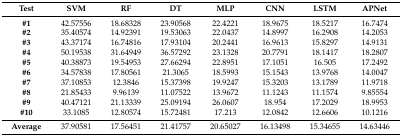
<table><thead><tr><td><b>Test</b></td><td><b>SVM</b></td><td><b>RF</b></td><td><b>DT</b></td><td><b>MLP</b></td><td><b>CNN</b></td><td><b>LSTM</b></td><td><b>APNet</b></td></tr></thead><tbody><tr><td><b>#1</b></td><td>42.57556</td><td>18.68328</td><td>23.90568</td><td>22.4221</td><td>18.9675</td><td>18.5217</td><td>16.7474</td></tr><tr><td><b>#2</b></td><td>35.40574</td><td>14.92391</td><td>19.53063</td><td>22.0437</td><td>14.8997</td><td>16.2908</td><td>14.2053</td></tr><tr><td><b>#3</b></td><td>43.37174</td><td>16.74816</td><td>17.93104</td><td>20.2441</td><td>16.9613</td><td>15.8297</td><td>14.9131</td></tr><tr><td><b>#4</b></td><td>50.19538</td><td>31.64949</td><td>36.57292</td><td>23.1328</td><td>20.7791</td><td>18.1417</td><td>18.2807</td></tr><tr><td><b>#5</b></td><td>40.38873</td><td>19.54953</td><td>27.66294</td><td>22.8951</td><td>17.1051</td><td>16.505</td><td>17.2492</td></tr><tr><td><b>#6</b></td><td>34.57838</td><td>17.80561</td><td>21.3065</td><td>18.5993</td><td>15.1543</td><td>13.9768</td><td>14.0047</td></tr><tr><td><b>#7</b></td><td>37.10853</td><td>12.3846</td><td>15.37398</td><td>19.9247</td><td>15.3203</td><td>13.1789</td><td>11.9718</td></tr><tr><td><b>#8</b></td><td>21.85433</td><td>9.96139</td><td>11.07522</td><td>13.9672</td><td>11.1243</td><td>11.1574</td><td>9.85554</td></tr><tr><td><b>#9</b></td><td>40.47121</td><td>21.13339</td><td>25.09194</td><td>26.0607</td><td>18.954</td><td>17.2029</td><td>18.9953</td></tr><tr><td><b>#10</b></td><td>33.1085</td><td>12.80574</td><td>15.72481</td><td>17.213</td><td>12.0842</td><td>12.6606</td><td>10.1216</td></tr><tr><td><b>Average</b></td><td>37.90581</td><td>17.56451</td><td>21.41757</td><td>20.65027</td><td>16.13498</td><td>15.34655</td><td>14.63446</td></tr></tbody></table>